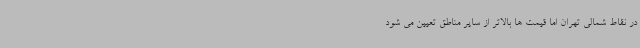
در نقاط شمالی تهران اما قیمت ها بالاتر از سایر مناطق تعیین می شود